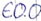
Text: E0.0